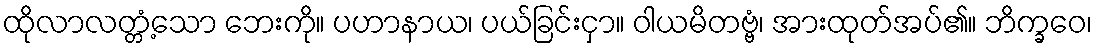
ထိုလာလတ္တံ့သော ဘေးကို။ ပဟာနာယ၊ ပယ်ခြင်းငှာ။ ဝါယမိတဗ္ဗံ၊ အားထုတ်အပ်၏။ ဘိက္ခဝေ၊